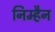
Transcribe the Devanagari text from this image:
निम्हैन